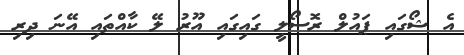
އެ ޝޯގައި ޕައުލް ރޮސޯލީ ގައިގައި އޫރު ލޭ ކާއްތައި އޭނަ ދިރި